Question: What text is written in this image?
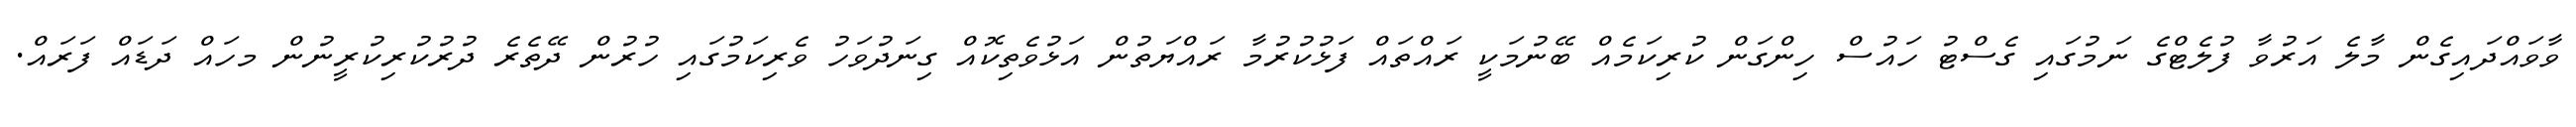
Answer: ވާވައްދައިގެން މާލެ އަރުވާ ފުލެޓްގެ ނަމުގައި ގެސްޓު ހައުސް ހިންގަން ކުރިކަމެއް ބޭނުމަކީ ރައްތައް ފަޅުކުރުމާ ރައްޔަތުން އަޅުވެތިކޮއް ގިނަދުވަހު ވެރިކަމުގައި ހުރުން ދޭތެރެ ދުރުކުރިކުރީނުން މހައް ދަޑައް ފަރައް.